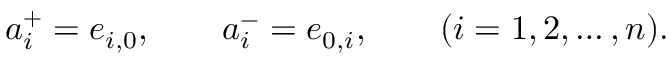
a _ { i } ^ { + } = e _ { i , 0 } , \qquad a _ { i } ^ { - } = e _ { 0 , i } , \qquad ( i = 1 , 2 , \ldots , n ) .